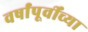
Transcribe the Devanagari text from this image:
वर्षांपूर्वींच्या